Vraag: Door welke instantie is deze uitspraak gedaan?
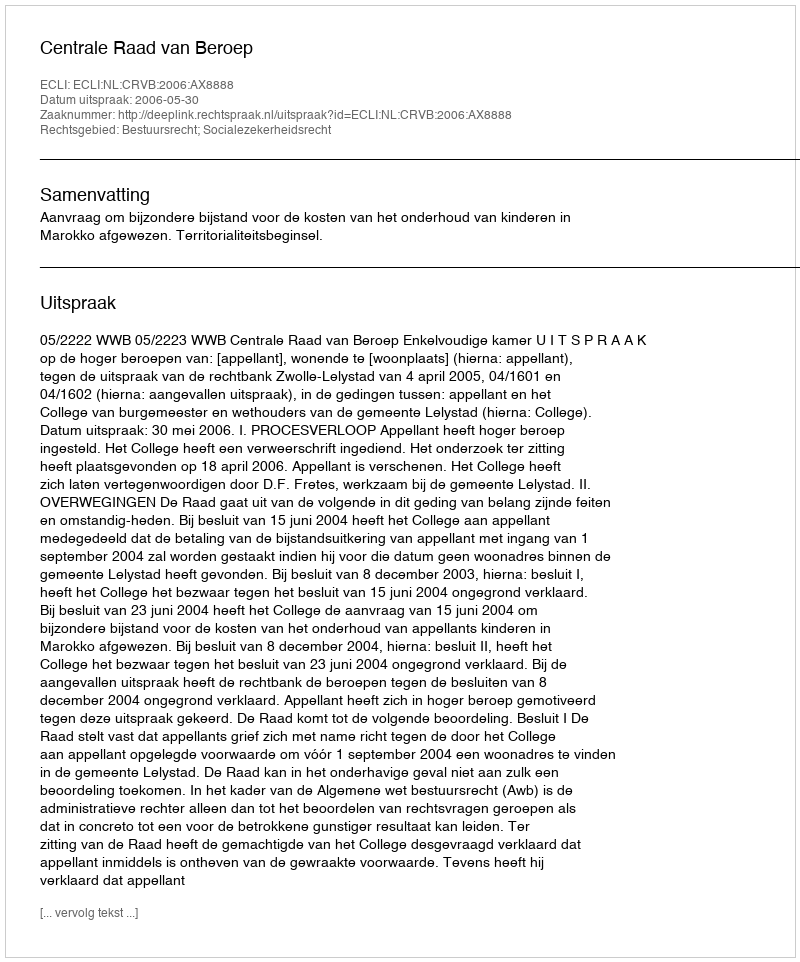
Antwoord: Centrale Raad van Beroep